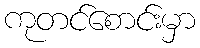
ကုတင်စောင်းမှာ